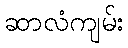
ဆာလံကျမ်း